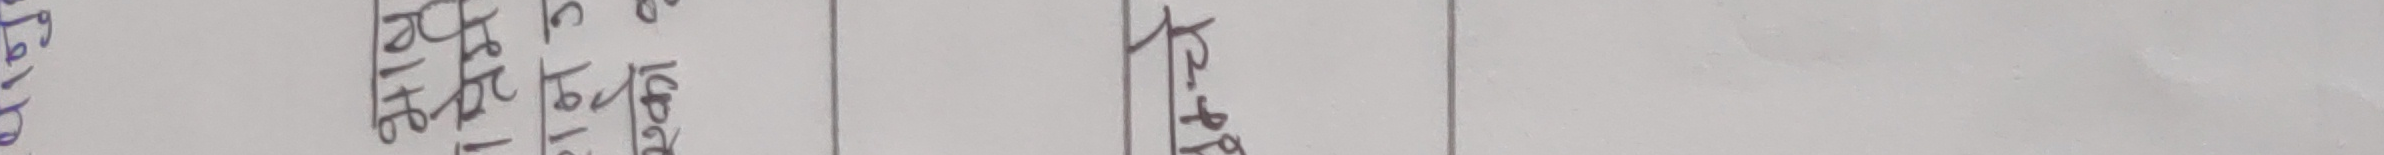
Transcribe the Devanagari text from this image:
ट-४६
२०६९।१२।१७
२०६९।१२।१६